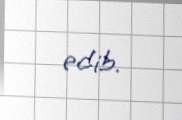
edib.